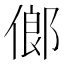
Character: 𠌇